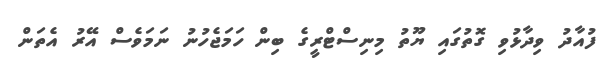
ފުއާދު ވިދާޅުވި ގޮތުގައި ޔޫތު މިނިސްޓްރީގެ ބިން ހަމަޖެހުނު ނަމަވެސް އޭރު އެތަން